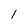
Character: l